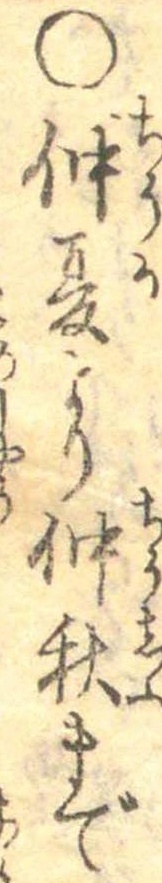
○仲夏より仲秋まで